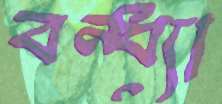
বন্ধ্যা